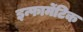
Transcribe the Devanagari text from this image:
इन्फार्मेटिक